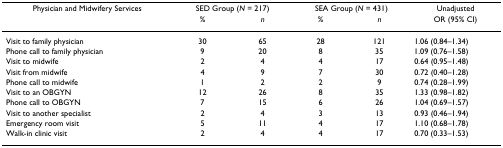
<table><thead><tr><td><b>Physician and Midwifery Services</b></td><td colspan="2"><b>SED Group (<i>N </i>= 217)</b></td><td colspan="2"><b>SEA Group (<i>N </i>= 431)</b></td><td><b>Unadjusted</b></td></tr><tr><td></td><td><b><i>%</i></b></td><td><b><i>n</i></b></td><td><b><i>%</i></b></td><td><b><i>n</i></b></td><td><b>OR (95% CI)</b></td></tr></thead><tbody><tr><td>Visit to family physician</td><td>30</td><td>65</td><td>28</td><td>121</td><td>1.06 (0.84–1.34)</td></tr><tr><td>Phone call to family physician</td><td>9</td><td>20</td><td>8</td><td>35</td><td>1.09 (0.76–1.58)</td></tr><tr><td>Visit to midwife</td><td>2</td><td>4</td><td>4</td><td>17</td><td>0.64 (0.95–1.48)</td></tr><tr><td>Visit from midwife</td><td>4</td><td>9</td><td>7</td><td>30</td><td>0.72 (0.40–1.28)</td></tr><tr><td>Phone call to midwife</td><td>1</td><td>2</td><td>2</td><td>9</td><td>0.74 (0.28–1.99)</td></tr><tr><td>Visit to an OBGYN</td><td>12</td><td>26</td><td>8</td><td>35</td><td>1.33 (0.98–1.82)</td></tr><tr><td>Phone call to OBGYN</td><td>7</td><td>15</td><td>6</td><td>26</td><td>1.04 (0.69–1.57)</td></tr><tr><td>Visit to another specialist</td><td>2</td><td>4</td><td>3</td><td>13</td><td>0.93 (0.46–1.94)</td></tr><tr><td>Emergency room visit</td><td>5</td><td>11</td><td>4</td><td>17</td><td>1.10 (0.68–1.78)</td></tr><tr><td>Walk-in clinic visit</td><td>2</td><td>4</td><td>4</td><td>17</td><td>0.70 (0.33–1.53)</td></tr></tbody></table>